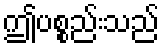
ဤပစ္စည်းသည်